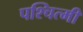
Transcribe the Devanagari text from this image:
पश्चित्मी